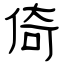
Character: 倚